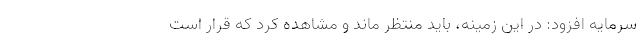
سرمایه افزود: در این زمینه، باید منتظر ماند و مشاهده کرد که قرار است